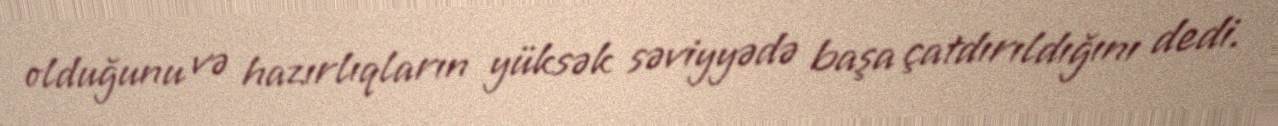
olduğunu və hazırlıqların yüksək səviyyədə başa çatdırıldığını dedi.